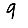
Digit: 9